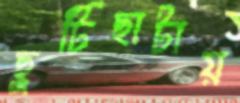
ছুটিছাটায়